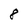
Character: 8